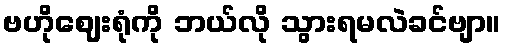
ဗဟိုဈေးရုံကို ဘယ်လို သွားရမလဲခင်ဗျာ။